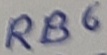
Text: RB6